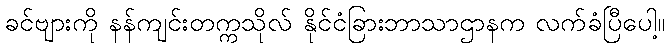
ခင်ဗျားကို နန်ကျင်းတက္ကသိုလ် နိုင်ငံခြားဘာသာဌာနက လက်ခံပြီပေါ့။